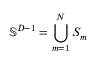
\mathbb { S } ^ { D - 1 } = \bigcup _ { m = 1 } ^ { N } S _ { m }